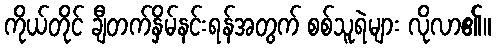
ကိုယ်တိုင် ချီတက်နှိမ်နင်းရန်အတွက် စစ်သူရဲများ လိုလာ၏။